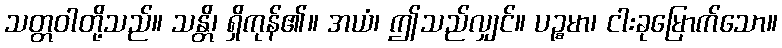
သတ္တဝါတို့သည်။ သန္တိ၊ ရှိကုန်၏။ အယံ၊ ဤသည်လျှင်။ ပဉ္စမာ၊ ငါးခုမြောက်သော။